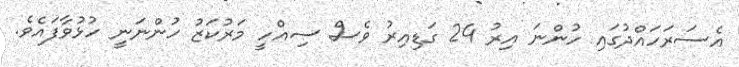
އެސަރަހައްދުގައި ހުންނަ އިރު 24 ގަޑިއިރު ވެސް ސިއްހީ މަރުކަޒު ހުންނަނީ ހުޅުވާފައެވެ.